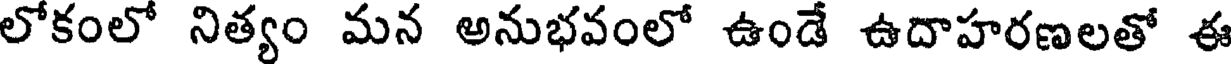
లోకంలో నిత్యం మన అనుభవంలో ఉండే ఉదాహరణలతో ఈ